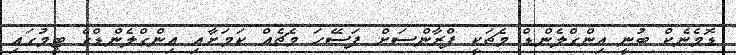
ޑޮމެނެކް ބުނީ އިންގްލެންޑް މެޗަކީ ފްރާންސަށް ފަސޭހަ މެޗެއް ކަމަށާއި އިންގްލެންޑްގެ ޓީމުގައި